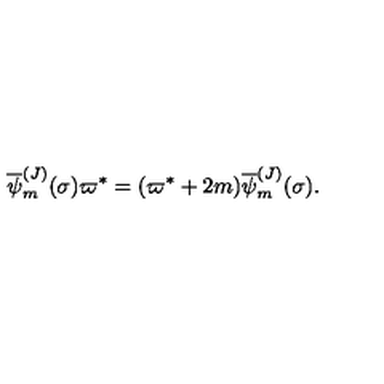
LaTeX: { \overline { \psi } _ { m } ^ { ( J ) } } ( \sigma ) \varpi ^ { * } = ( \varpi ^ { * } + 2 m ) { \overline { \psi } _ { m } ^ { ( J ) } } ( \sigma ) .